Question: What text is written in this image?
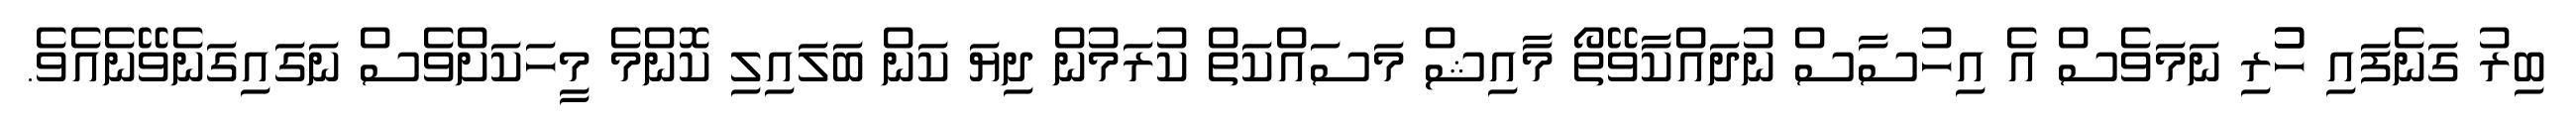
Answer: ބިރު ގަނެފައި ހުުރި ނަމަވެސް އެ އިހުސާސް ނުދައްކާވޭތޯ މާއިޝް މަސައްކަތް ކުރަމުން ދިޔަ ކަން ބަލައިލި ކޮންމެ މީހަކަށްވެސް ނަގައިގަނެވޭނެއެވެ.